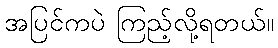
အပြင်ကပဲ ကြည့်လို့ရတယ်။